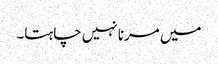
میں مرنا نہیں چاہتا۔